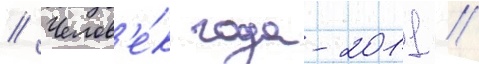
// Челов'е́к года-2011 //